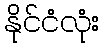
နိုင်ငံလုံး